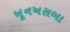
ખૂનખરાબા